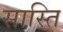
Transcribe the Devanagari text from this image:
सास्ति